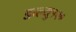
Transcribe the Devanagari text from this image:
डब्ल्यु१२०